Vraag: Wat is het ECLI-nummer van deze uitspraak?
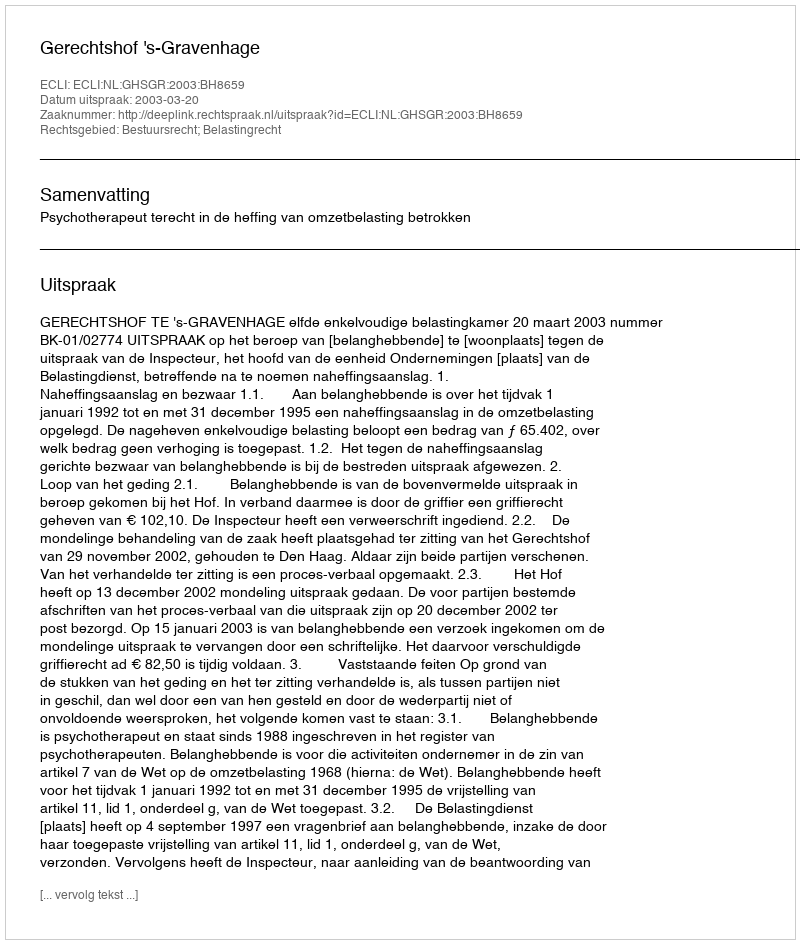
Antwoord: ECLI:NL:GHSGR:2003:BH8659